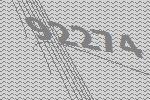
92274